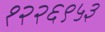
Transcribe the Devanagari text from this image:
१२२६९५३